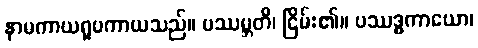
နာမကာယရူပကာယသည်။ ပဿမ္ဘတိ၊ ငြိမ်း၏။ ပဿဒ္ဓကာယော၊